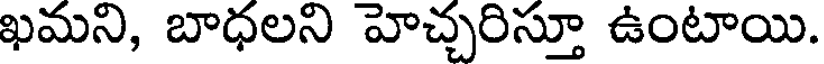
ఖమని, బాధలని హెచ్చరిస్తూ ఉంటాయి.